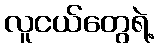
လူငယ်တွေရဲ့